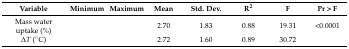
<table><thead><tr><td><b>Variable</b></td><td><b>Minimum</b></td><td><b>Maximum</b></td><td><b>Mean</b></td><td><b>Std. Dev.</b></td><td><b>R<sup>2</sup></b></td><td><b>F</b></td><td><b>Pr &gt; F</b></td></tr></thead><tbody><tr><td>Mass water uptake (%)</td><td>[EMPTY_CELL]</td><td>[EMPTY_CELL]</td><td>2.70</td><td>1.83</td><td>0.88</td><td>19.31 </td><td>&lt;0.0001</td></tr><tr><td>∆<i>T</i> (°C)</td><td>[EMPTY_CELL]</td><td>[EMPTY_CELL]</td><td>2.72</td><td>1.60</td><td>0.89</td><td>30.72</td><td>[EMPTY_CELL]</td></tr></tbody></table>